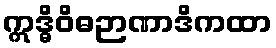
ဣဒ္ဓိဝိဓဉာဏာဒိကထာ